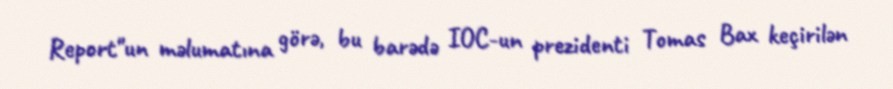
Report"un məlumatına görə, bu barədə IOC-un prezidenti Tomas Bax keçirilən